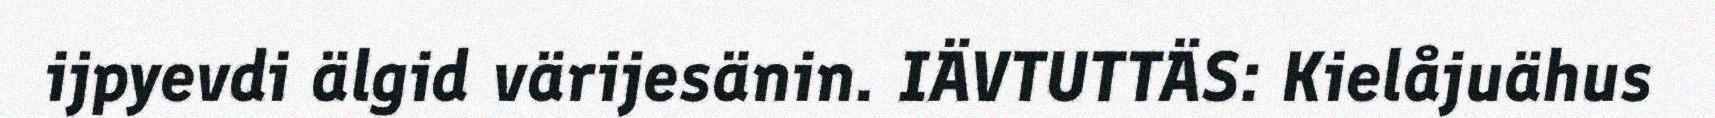
ijpyevdi älgid värijesänin. IÄVTUTTÄS: Kielåjuähus